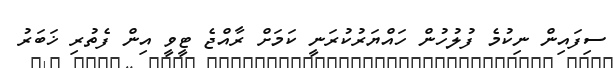
ސިފައިން ނިކުމެ ފުލުހުން ހައްޔަރުކުރަނީ ކަމަށް ރާއްޖެ ޓީވީ އިން ފެތުރި ޚަބަރު